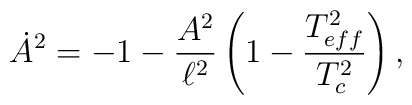
\dot{A}^2=-1-\frac{A^2}{\ell^2}\left(1-\frac{T_{eff}^2}{T_c^2}\right),